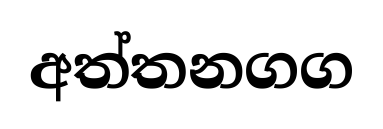
අත්තනගග